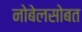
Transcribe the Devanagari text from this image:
नोबेलसोबत